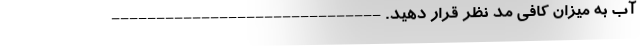
آب به میزان کافی مد نظر قرار دهید. ------------------------------